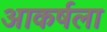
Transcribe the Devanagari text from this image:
आकर्षला